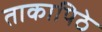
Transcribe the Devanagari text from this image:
ताकापिठे